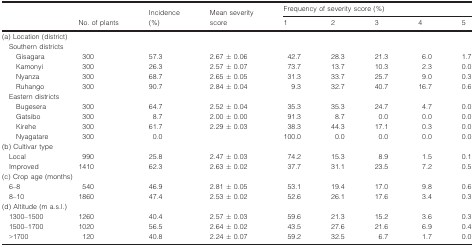
<table><thead><tr><td rowspan="2"></td><td rowspan="2"><b>No. of plants</b></td><td rowspan="2"><b>Incidence (%)</b></td><td rowspan="2"><b>Mean severity score</b></td><td colspan="5"><b>Frequency of severity score (%)</b></td></tr><tr><td><b>1</b></td><td><b>2</b></td><td><b>3</b></td><td><b>4</b></td><td><b>5</b></td></tr></thead><tbody><tr><td colspan="9">(a) Location (district)</td></tr><tr><td colspan="9">Southern districts</td></tr><tr><td>Gisagara</td><td>300</td><td>57.3</td><td>2.67 ± 0.06</td><td>42.7</td><td>28.3</td><td>21.3</td><td>6.0</td><td>1.7</td></tr><tr><td>Kamonyi</td><td>300</td><td>26.3</td><td>2.57 ± 0.07</td><td>73.7</td><td>13.7</td><td>10.3</td><td>2.3</td><td>0.0</td></tr><tr><td>Nyanza</td><td>300</td><td>68.7</td><td>2.65 ± 0.05</td><td>31.3</td><td>33.7</td><td>25.7</td><td>9.0</td><td>0.3</td></tr><tr><td>Ruhango</td><td>300</td><td>90.7</td><td>2.84 ± 0.04</td><td>9.3</td><td>32.7</td><td>40.7</td><td>16.7</td><td>0.6</td></tr><tr><td colspan="9">Eastern districts</td></tr><tr><td>Bugesera</td><td>300</td><td>64.7</td><td>2.52 ± 0.04</td><td>35.3</td><td>35.3</td><td>24.7</td><td>4.7</td><td>0.0</td></tr><tr><td>Gatsibo</td><td>300</td><td>8.7</td><td>2.00 ± 0.00</td><td>91.3</td><td>8.7</td><td>0.0</td><td>0.0</td><td>0.0</td></tr><tr><td>Kirehe</td><td>300</td><td>61.7</td><td>2.29 ± 0.03</td><td>38.3</td><td>44.3</td><td>17.1</td><td>0.3</td><td>0.0</td></tr><tr><td>Nyagatare</td><td>300</td><td>0.0</td><td></td><td>100.0</td><td>0.0</td><td>0.0</td><td>0.0</td><td>0.0</td></tr><tr><td colspan="9">(b) Cultivar type</td></tr><tr><td>Local</td><td>990</td><td>25.8</td><td>2.47 ± 0.03</td><td>74.2</td><td>15.3</td><td>8.9</td><td>1.5</td><td>0.1</td></tr><tr><td>Improved</td><td>1410</td><td>62.3</td><td>2.63 ± 0.02</td><td>37.7</td><td>31.1</td><td>23.5</td><td>7.2</td><td>0.5</td></tr><tr><td colspan="9">(c) Crop age (months)</td></tr><tr><td>6–8</td><td>540</td><td>46.9</td><td>2.81 ± 0.05</td><td>53.1</td><td>19.4</td><td>17.0</td><td>9.8</td><td>0.6</td></tr><tr><td>8–10</td><td>1860</td><td>47.4</td><td>2.53 ± 0.02</td><td>52.6</td><td>26.1</td><td>17.6</td><td>3.4</td><td>0.3</td></tr><tr><td colspan="9">(d) Altitude (m a.s.l.)</td></tr><tr><td>1300–1500</td><td>1260</td><td>40.4</td><td>2.57 ± 0.03</td><td>59.6</td><td>21.3</td><td>15.2</td><td>3.6</td><td>0.3</td></tr><tr><td>1500–1700</td><td>1020</td><td>56.5</td><td>2.64 ± 0.02</td><td>43.5</td><td>27.6</td><td>21.6</td><td>6.9</td><td>0.4</td></tr><tr><td>&gt;1700</td><td>120</td><td>40.8</td><td>2.24 ± 0.07</td><td>59.2</td><td>32.5</td><td>6.7</td><td>1.7</td><td>0.0</td></tr></tbody></table>